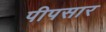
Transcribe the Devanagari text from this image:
पीपसार